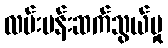
လမ်းပန်းဆက်သွယ်မှု